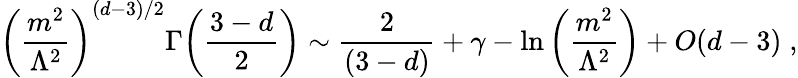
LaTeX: \left(\frac{m^{2}}{\Lambda^{2}}\right)^{(d-3)/2}\Gamma{\left(\frac{3-d}{2}\right)}\sim{\frac{2}{(3-d)}}+\gamma-{\ln}\left(\frac{m^{2}}{\Lambda^{2}}\right)+O(d-3)\; ,